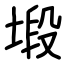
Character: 塅